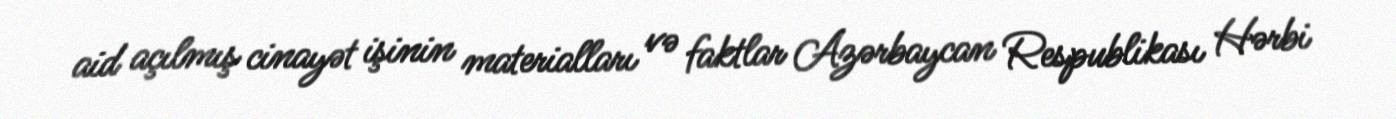
aid açılmış cinayət işinin materialları və faktlar Azərbaycan Respublikası Hərbi